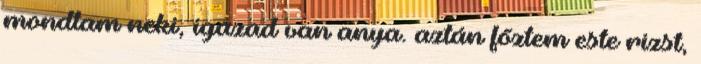
mondtam neki, igazad van anya. aztán főztem este rizst,